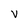
Character: v